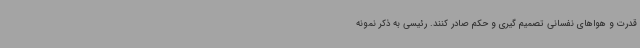
قدرت و هواهای نفسانی تصمیم گیری و حکم صادر کنند. رئیسی به ذکر نمونه